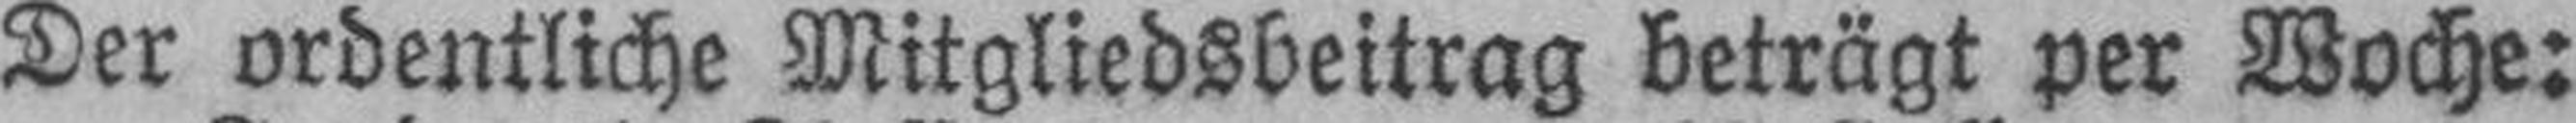
Der ordentliche Mitgliedsbeitrag beträgt per Woche: